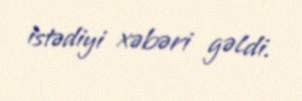
istədiyi xəbəri gəldi.